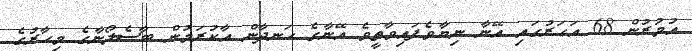
އުމުރުން 68 އަހަރުގައި އޭނާ ނިޔާވެފައިވާތީވެ އޭނާގެ ހަނދާން އާކުރަމުން ބާސެލޯނާގެ މިހާރުގެ